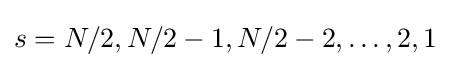
s=N/2,N/2-1,N/2-2,\dots ,2,1